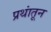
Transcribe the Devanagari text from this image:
प्रथांतून